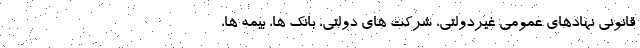
قانونی نهادهای عمومی غیردولتی، شرکت های دولتی، بانک ها، بیمه ها،